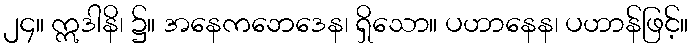
၂၄။ ဣဒါနိ၊ ၌။ အနေကဘေဒေန၊ ရှိသော။ ပဟာနေန၊ ပဟာန်ဖြင့်။